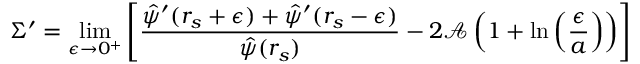
\Sigma ^ { \prime } = \operatorname* { l i m } _ { \epsilon \rightarrow 0 ^ { + } } \left[ \frac { \hat { \psi } ^ { \prime } ( r _ { s } + \epsilon ) + \hat { \psi } ^ { \prime } ( r _ { s } - \epsilon ) } { \hat { \psi } ( r _ { s } ) } - 2 \mathcal { A } \left( 1 + \ln { \left( \frac { \epsilon } { a } \right) } \right) \right]